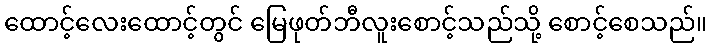
ထောင့်လေးထောင့်တွင် မြေဖုတ်ဘီလူးစောင့်သည်သို့ စောင့်စေသည်။